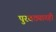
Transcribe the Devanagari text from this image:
पुरवठ्यातही